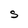
Character: S